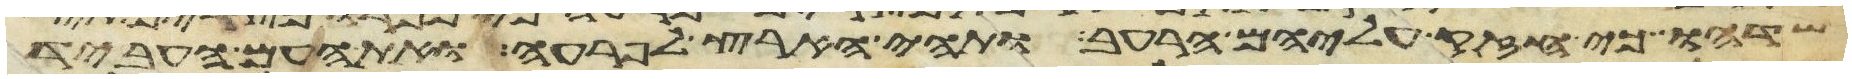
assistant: שדהו כי חזק עליהם הרעב ותהי הארץ לפרעה ואת העם העביד